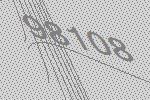
98108